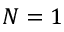
N = 1